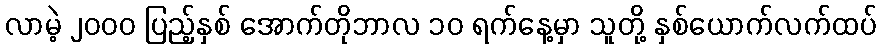
လာမဲ့ ၂၀၀၀ ပြည့်နှစ် အောက်တိုဘာလ ၁၀ ရက်နေ့မှာ သူတို့ နှစ်ယောက်လက်ထပ်